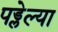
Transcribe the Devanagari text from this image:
पड्लेल्या